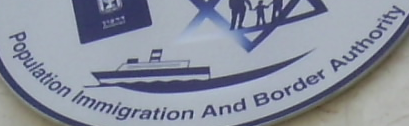
Population Immigration And Border Authority